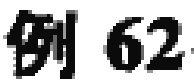
例 62